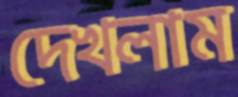
দেখলাম